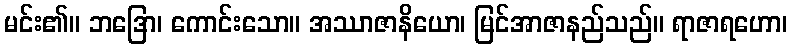
မင်း၏။ ဘဒြော၊ ကောင်းသော။ အဿာဇာနိယော၊ မြင်အာဇာနည်သည်။ ရာဇာရဟော၊